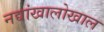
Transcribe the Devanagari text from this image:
नद्यांखालोखाल